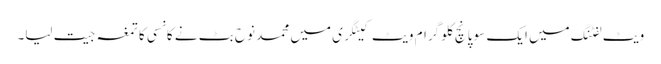
ویٹ لفٹنگ میں ایک سو پانچ کلو گرام ویٹ کیٹگری میں محمد نوح بٹ نے کانسی کا تمغہ جیت لیا۔